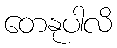
တေနုပါလိ